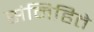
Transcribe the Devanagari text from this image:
संनिहिते